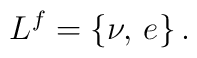
L^f = \{ \nu , \, e\}\, .